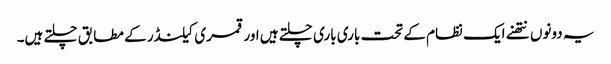
یہ دونوں نتھنے ایک نظام کے تحت باری باری چلتے ہیں اور قمری کیلنڈر کے مطابق چلتے ہیں۔